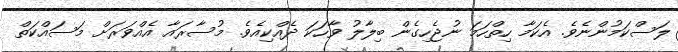
ލަސްކަމުންނެވެ. އެކަމާ ހިތްހަމަ ނުޖެހިގެން ބިލާލު ވާހަކަ ދެއްކިއެވެ. މުސާރައާ އެއްވަރަށް މަސައްކަތް